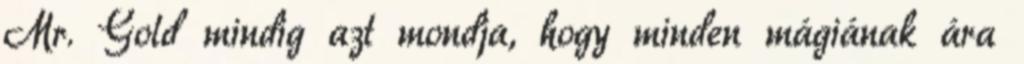
Mr. Gold mindig azt mondja, hogy minden mágiának ára